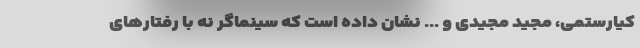
کیارستمی، مجید مجیدی و ... نشان داده است که سینماگر نه با رفتارهای